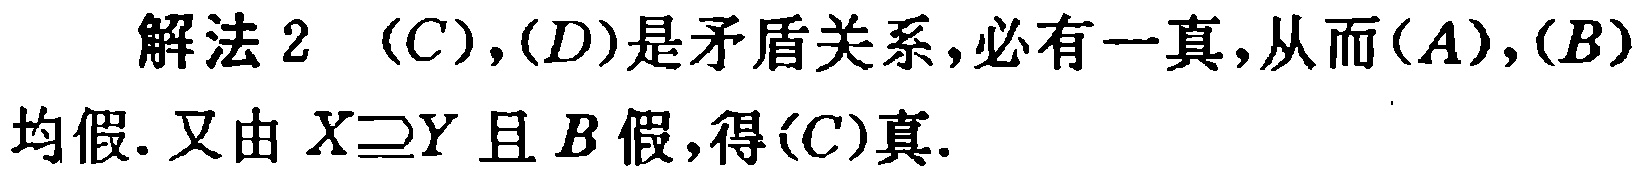
解法 2  \((C),(D)\)是矛盾关系,必有一真,从而\((A),(B)\)均假. 又由 \(X\supseteq Y\) 且 \(B\) 假,得\((C)\)真.